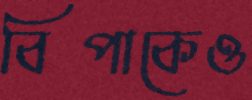
বিপাকেও